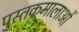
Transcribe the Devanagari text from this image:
पुस्तकमालाओं